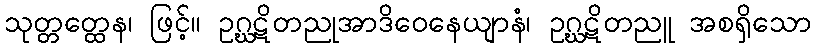
သုတ္တတ္ထေန၊ ဖြင့်။ ဥဂ္ဃဋိတညုအာဒိဝေနေယျာနံ၊ ဥဂ္ဃဋိတညူ အစရှိသော